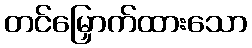
တင်မြှောက်ထားသော